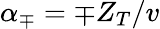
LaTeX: {\alpha_{\mp}=\mp Z_{T}/v}